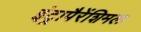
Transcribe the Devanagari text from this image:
इंट्रापैरेंशिमल